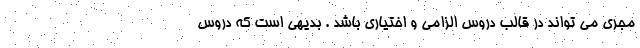
مجری می تواند در قالب دروس الزامی و اختیاری باشد . بدیهی است که دروس